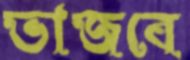
ভাজবে